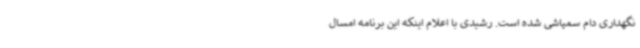
نگهداری دام سمپاشی شده است. رشیدی با اعلام اینکه این برنامه امسال